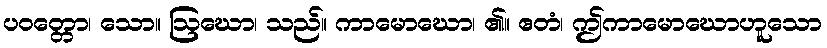
ပဝတ္တော၊ သော။ ဩဃော၊ သည်။ ကာမောဃော၊ ၏။ ဧတံ၊ ဤကာမောဃောဟူသော